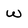
Character: w